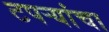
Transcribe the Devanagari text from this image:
टपर्‍यांचा